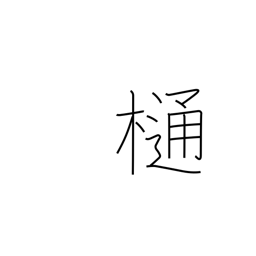
Meaning: downspout